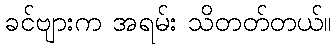
ခင်ဗျားက အရမ်း သိတတ်တယ်။